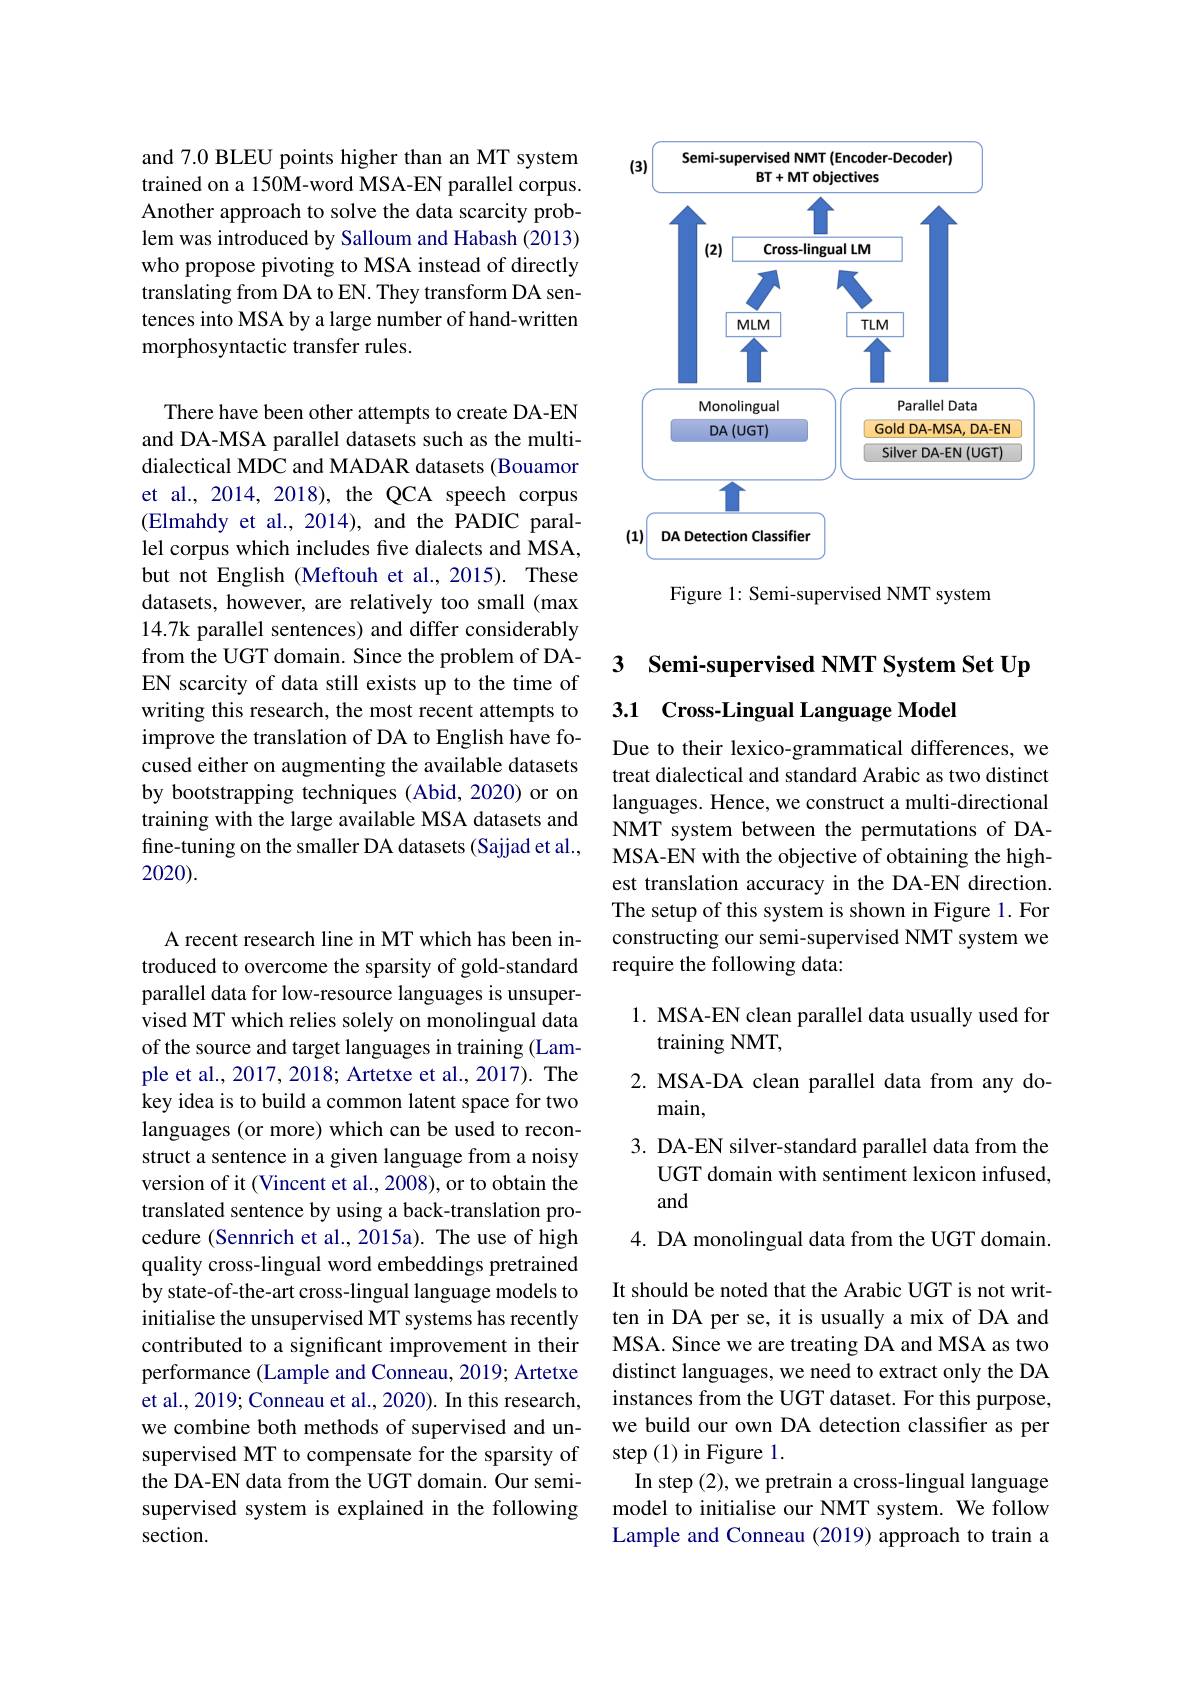
and 7.0 BLEU points higher than an MT system trained on a 150M-word MSA-EN parallel corpus. Another approach to solve the data scarcity problem was introduced by Salloum and Habash (2013) who propose pivoting to MSA instead of directly translating from DA to EN. They transform DA sentences into MSA by a large number of hand-written morphosyntactic transfer rules.

There have been other attempts to create DA-EN and DA-MSA parallel datasets such as the multidialectical MDC and MADAR datasets (Bouamor et al., 2014, 2018), the QCA speech corpus (Elmahdy et al., 2014), and the PADIC parallel corpus which includes five dialects and MSA, but not English (Meftouh et al.,2015). These datasets, however, are relatively too small (max 14.7k parallel sentences) and differ considerably from the UGT domain. Since the problem of DAEN scarcity of data still exists up to the time of writing this research, the most recent attempts to improve the translation of DA to English have focused either on augmenting the available datasets by bootstrapping techniques (Abid, 2020) or on training with the large available MSA datasets and fine-tuning on the smaller DA datasets (Sajjad et al., 2020).

A recent research line in MT which has been introduced to overcome the sparsity of gold-standard parallel data for low-resource languages is unsupervised MT which relies solely on monolingual data of the source and target languages in training (Lample et al., 2017, 2018; Artetxe et al., 2017). The key idea is to build a common latent space for two languages (or more) which can be used to reconstruct a sentence in a given language from a noisy version of it (Vincent et al., 2008), or to obtain the translated sentence by using a back-translation procedure (Sennrich et al., 2015a). The use of high quality cross-lingual word embeddings pretrained by state-of-the-art cross-lingual language models to initialise the unsupervised MT systems has recently contributed to a significant improvement in their performance (Lample and Conneau, 2019; Artetxe et al., 2019; Conneau et al., 2020). In this research, we combine both methods of supervised and unsupervised MT to compensate for the sparsity of the DA-EN data from the UGT domain. Our semisupervised system is explained in the following section.

<FigureHere>

Figure 1: Semi-supervised NMT system

## 3 Semi-supervised NMT System Set Up 3.1 Cross-Lingual Language Model

Due to their lexico-grammatical differences, we treat dialectical and standard Arabic as two distinct languages. Hence, we construct a multi-directional NMT system between the permutations of DAMSA-EN with the objective of obtaining the highest translation accuracy in the DA-EN direction. The setup of this system is shown in Figure 1. For constructing our semi-supervised NMT system we require the following data:

1. MSA-EN clean parallel data usually used for
training NMT,
2. MSA-DA clean parallel data from any do-
main,
3. DA-EN silver-standard parallel data from the
UGT domain with sentiment lexicon infused,
and
4. DA monolingual data from the UGT domain. It should be noted that the Arabic UGT is not written in DA per se, it is usually a mix of DA and MSA. Since we are treating DA and MSA as two distinct languages, we need to extract only the DA instances from the UGT dataset. For this purpose, we build our own DA detection classifier as per step (1)in Figure 1.
In step (2), we pretrain a cross-lingual language model to initialise our NMT system. We follow Lample and Conneau (2019) approach to train a